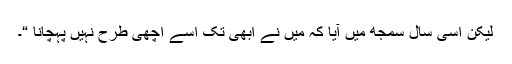
لیکن اسی سال سمجھ میں آیا کہ میں نے ابھی تک اسے اچھی طرح نہیں پہچانا “۔